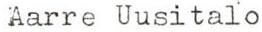
 Aarre Uusitalo